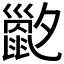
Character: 𡗇